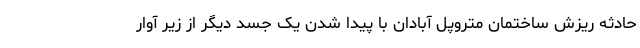
حادثه ریزش ساختمان متروپل آبادان با پیدا شدن یک جسد دیگر از زیر آوار